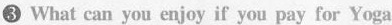
3 what can you enjoy if you pay for Yoga